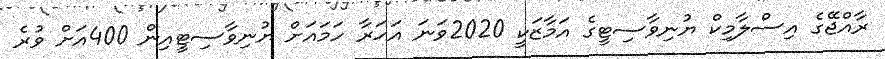
ރާއްޖޭގެ އިސްލާމިކް ޔުނިވާސިޓީގެ އަމާޒަކީ 2020ވަނަ އަހަރާ ހަމައަށް ޔުނިވާސިޓީއިން 400އަށް ވުރެ